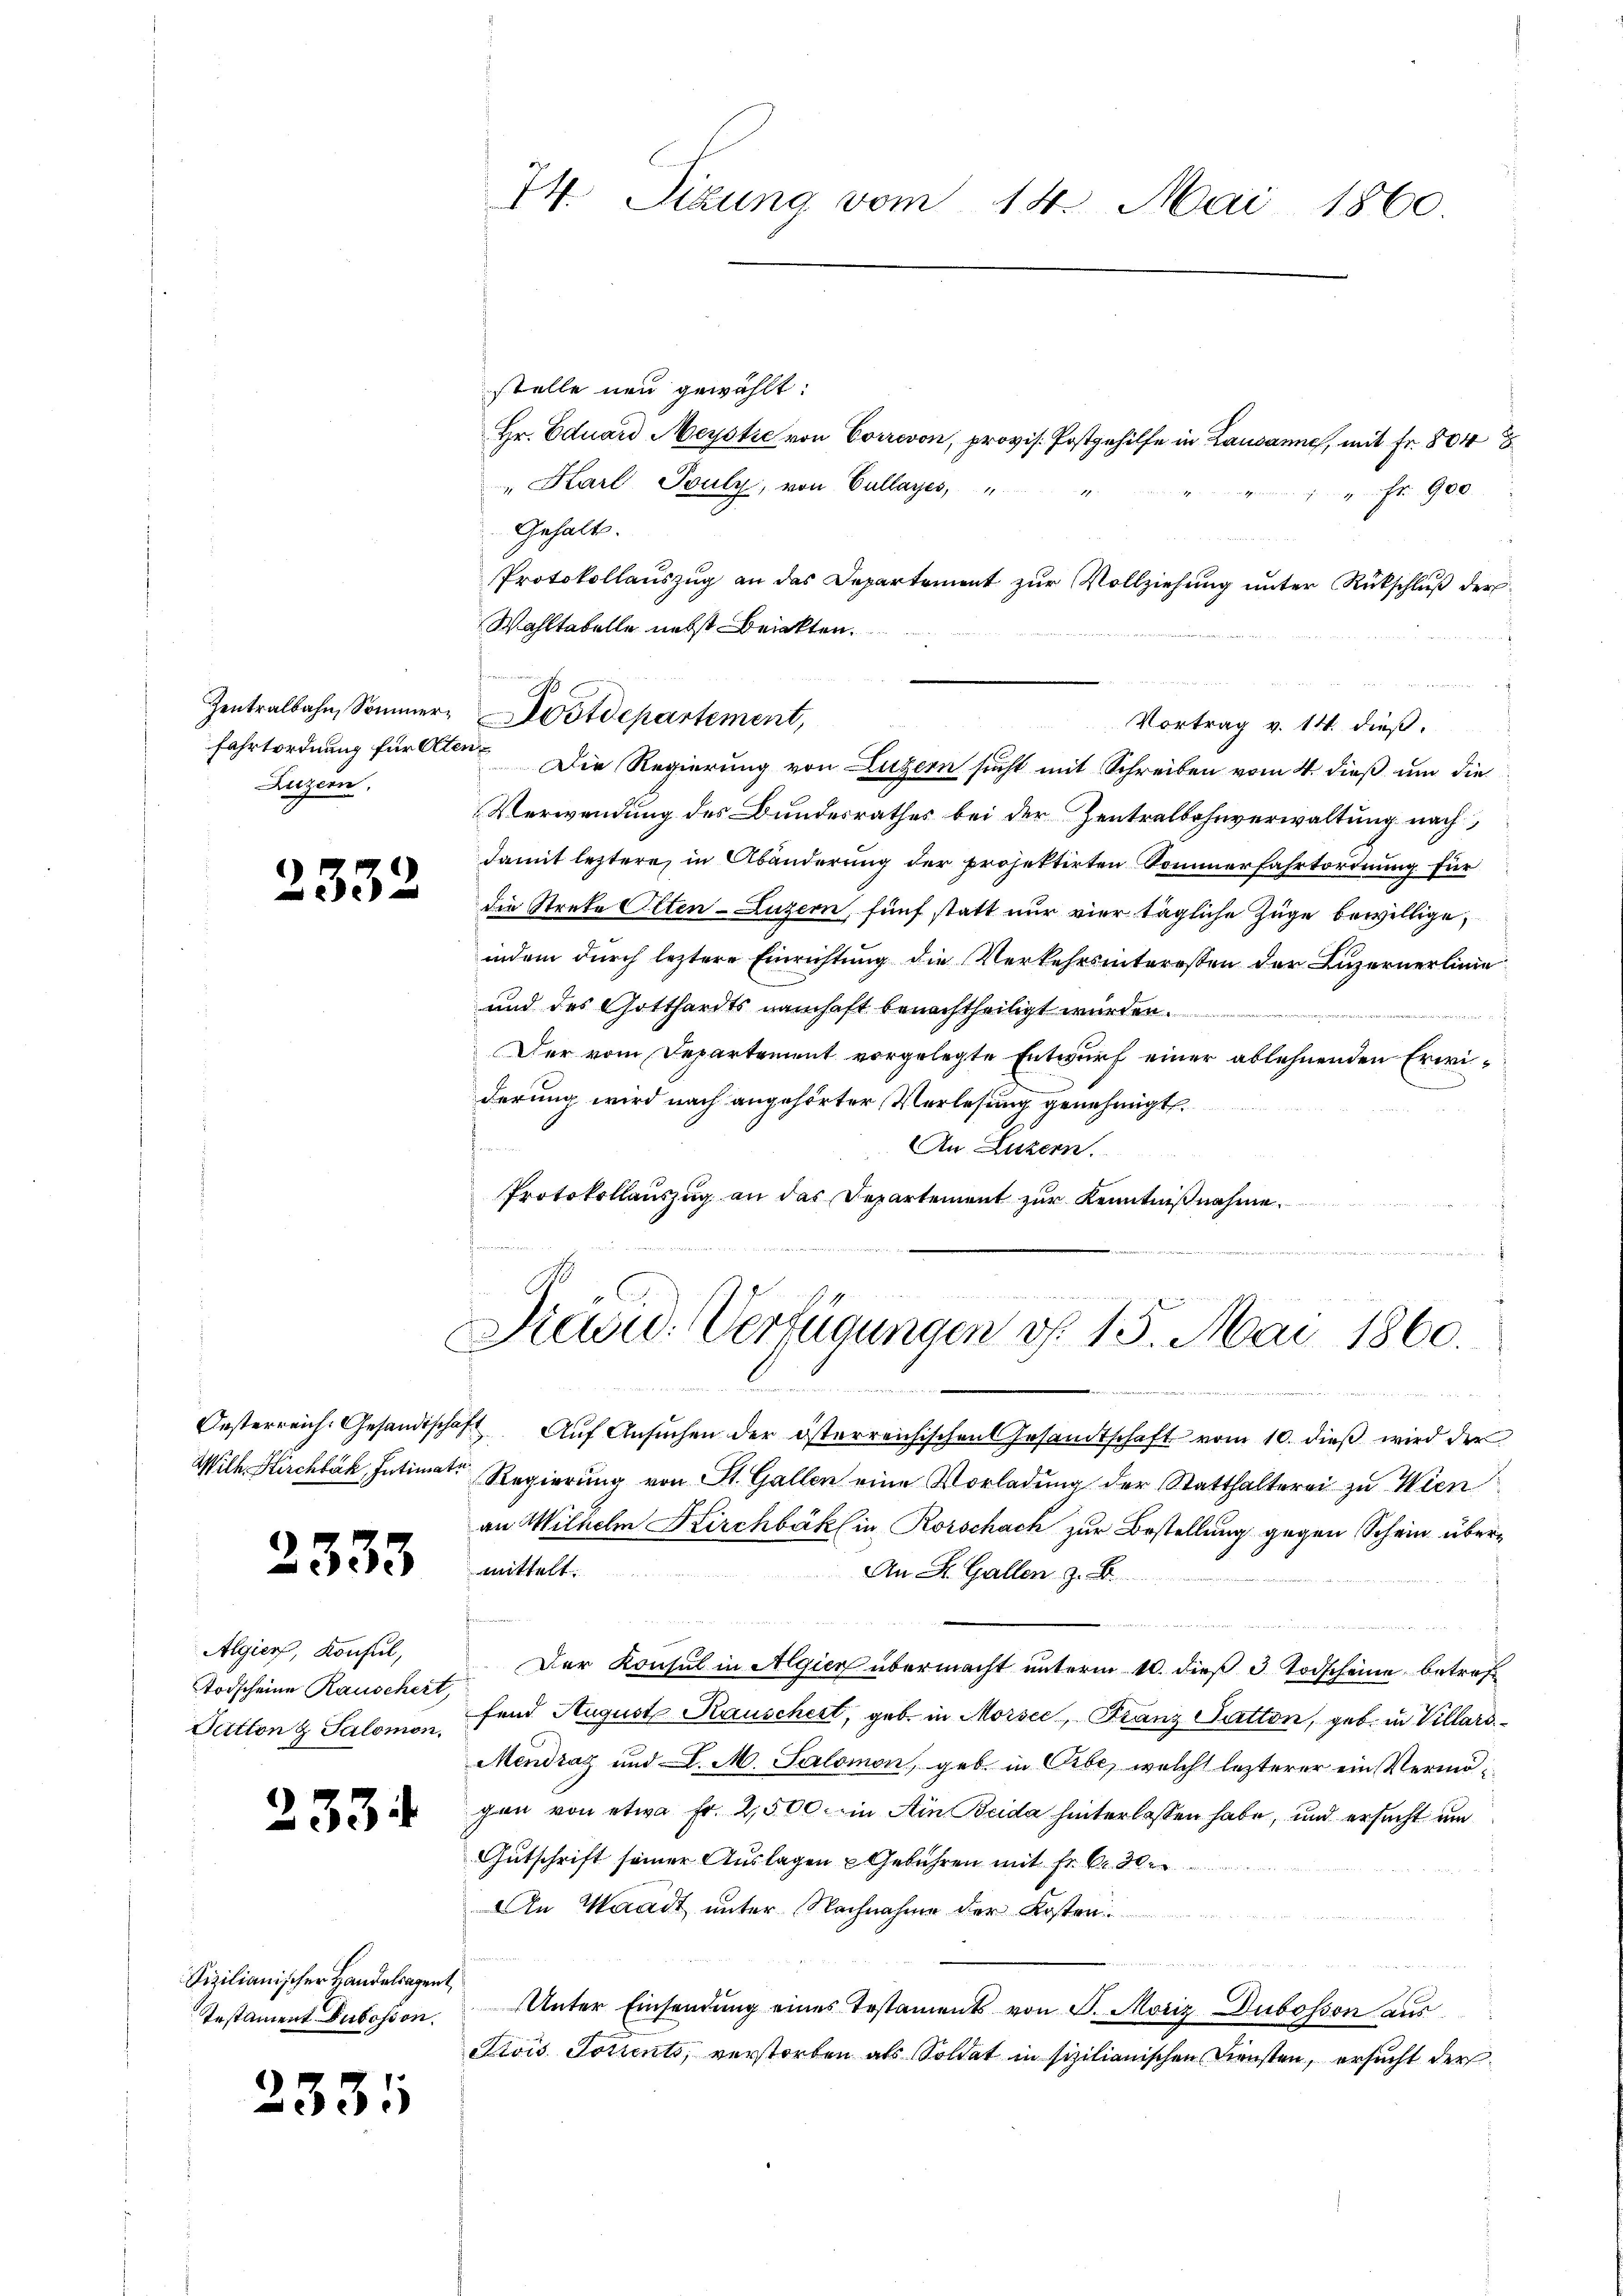
Zentralbahn, Sommerfahrtordnung für Olte
Luzern,

2332

Oesterreich. Gesandtsch

2333

Algier, Konsul,
Todscheine Rauschert,

233.

Sizilianischer Handelsagent
Testament Dubosson.

2331

74. Sizung vom 14. Mai 1860.

stelle neu gewählt:
" Karl Touly, von Cullages,
Gehalt.
Protokollauszug an das Departement zur Vollziehung unter Rückschluß der
Wahltabelle nebst brickten.
244 x
Die Regierung von Luzern sucht mit Schreiben vom 4. dieß um die
Verwendung des Bundesrathes bei der Zentralbahnverwaltung nach,
damit leztere, in Abänderung der projektirten Sommerfahrtordnung für
die Streke Olten-Luzern, fünf statt nur vier tägliche Züge bewillige,
indem durch leztere Einrichtung die Verkehrsinteressen der Luzernerlinie
und des Gotthardts namhaft benachtheiligt wurden.
Der vom Departement vorgelegte Entwurf einer ablehnenden Erwiderung wird nach angehörter Verlesung genehmigt.
n
An Luzern.
Protokollauszug an das Departement zur Kenntnißnahme.

Hr. Eduard Meystre von Correvon, provis. Postgehilfe in Lausanne, mit Fr. 804
Fr 900

Postdepartement,
Vortrag v. 14. dieß.

iierte der mit der
Sieu. Verfügungen d. 15. Mai 1860.

.

hast. Aŭf Ansŭchen der österreichischen Gesandtschaft vom 10. dieβ wird der
Wilk Kirchbach, Intimat Regierung von St. Gallen eine Vorladung der Statthalterei zu Wien
an Wilhelm Kirchbrik in Rorschach zur Bestellung gegen Schein übermittelt.
An St. Gallen z. B.
Der Konsul in Algier übermacht unterm 10. dieß 3 Todscheine betref¬
Sutton & Salomo fand August Rauschert, geb. in Morsee, Franz Satton, geb. in Villars
Mendraz und L. M. Salomon, geb. in Orbe, welche lezterer ein Vermögen von etwa Fr. 2,500 in Ain Brida hinterlassen habe, und ersucht um
Gutschrift seiner Auslagen Gebühren mit Fr. 6.
An Waadt unter Nachnahme der Kosten
n
Unter Einsendung eines Testaments von J. Motiz Dubosson aus
Stois Totients, verstorben als Soldat in sizilianischen Diensten, ersucht der

2881